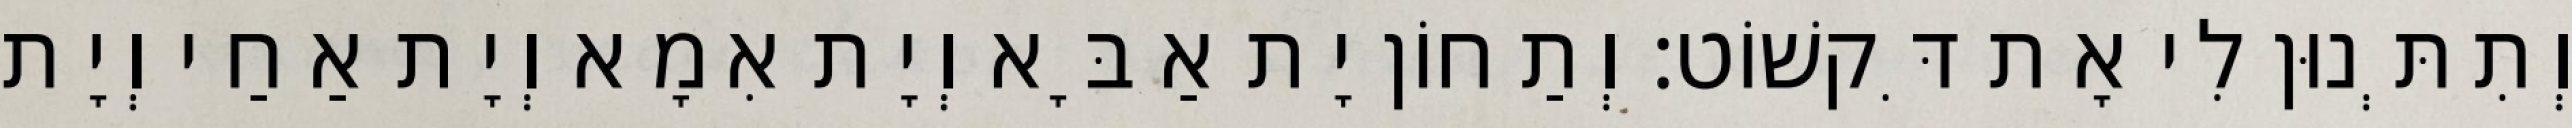
וְתִתְּנוּן לִי אָת דִּקשׁוֹט׃ וְתַחוֹן יָת אַבָּא וְיָת אִמָא וְיָת אַחַי וְיָת